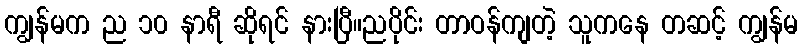
ကျွန်မက ည ၁၀ နာရီ ဆိုရင် နားပြီ။ညပိုင်း တာဝန်ကျတဲ့ သူကနေ တဆင့် ကျွန်မ